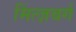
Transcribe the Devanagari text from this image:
मिंत्ज़बर्ग